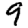
Digit: 9